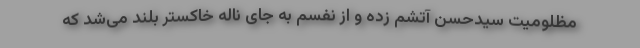
مظلومیت سیدحسن آتشم زده و از نفسم به جای ناله خاکستر بلند می‌شد که